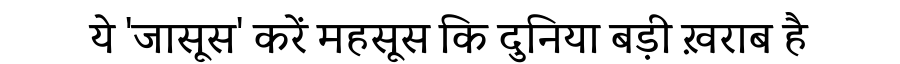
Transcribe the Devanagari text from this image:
ये 'जासूस' करें महसूस कि दुनिया बड़ी ख़राब है